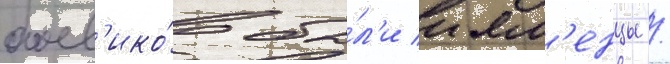
боев'ико́в бы́л'и ием'енцы /